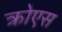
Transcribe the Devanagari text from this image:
क्रोएस